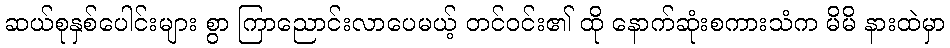
ဆယ်စုနှစ်ပေါင်းများ စွာ ကြာညောင်းလာပေမယ့် တင်ဝင်း၏ ထို နောက်ဆုံးစကားသံက မိမိ နားထဲမှာ